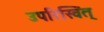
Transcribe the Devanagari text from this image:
उपरिस्वित्